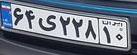
۶۴ی۲۲۸۱۰